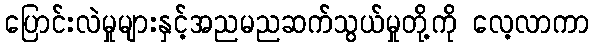
ပြောင်းလဲမှုများနှင့်အညမညဆက်သွယ်မှုတို့ကို လေ့လာကာ